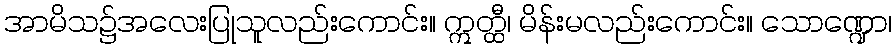
အာမိသ၌အလေးပြုသူလည်းကောင်း။ ဣတ္ထီ၊ မိန်းမလည်းကောင်း။ သောဏ္ဍော၊